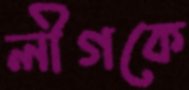
লীগকে